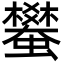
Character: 蠜